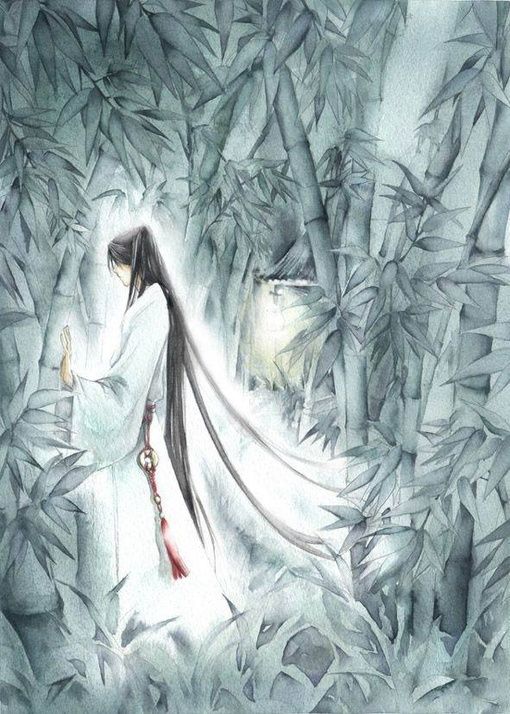
鸿雁在云鱼在水。惆怅此情难寄。